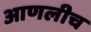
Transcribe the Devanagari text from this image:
आणलीच